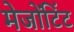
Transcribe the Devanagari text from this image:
मेजोंटिंट